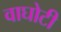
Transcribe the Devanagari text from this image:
वाघोटी